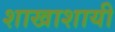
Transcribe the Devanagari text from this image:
शाखाशायी